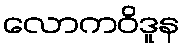
လောကဝိဒူန